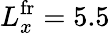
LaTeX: L_{x}^{\mathrm{fr}}=5.5